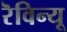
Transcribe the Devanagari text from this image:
रॆविन्यू